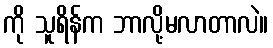
ကို သူရိန်က ဘာလို့မလာတာလဲ။